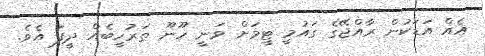
އެއް އަޑަކުން ރާއްޖޭގެ ގައުމީ ޓީމަށް ވަނީ ހޫނޫ ތަރުހީބެއް ދީފަ އެވެ.